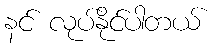
နင် လုပ်နိုင်ပါတယ်